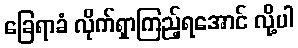
ခြေရာခံ လိုက်ရှာကြည့်ရအောင် လို့ပါ